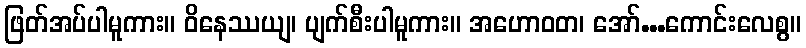
ဖြတ်အပ်ပါမူကား။ ဝိနေဿယျ၊ ပျက်စီးပါမူကား။ အဟောဝတ၊ အော်...ကောင်းလေစွ။